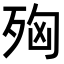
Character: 𭮌